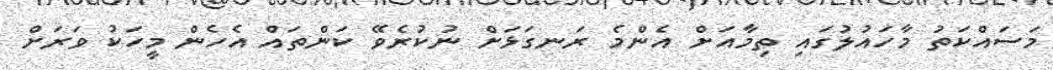
މަސައްކަތު މާހައުލުގައި ތިމާއަށް އެންމެ ރަނގަޅަށް ނުކުރެވޭ ކަންތައް އެހެން މީހަކު ވަރަށް